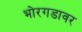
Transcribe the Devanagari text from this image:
भोरगडावर